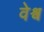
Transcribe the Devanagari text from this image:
वेश्व